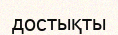
достықты